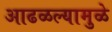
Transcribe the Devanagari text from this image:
आढळल्यामुळे